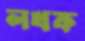
লখক